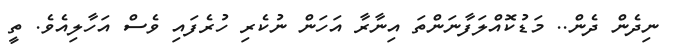
ނިދެން ދެން.. މަޑުކޮއްލަފާނަންތަ އިނާރާ އަހަން ނުކެރި ހުރެފައި ވެސް އަހާލިއެވެ. ތީ